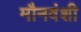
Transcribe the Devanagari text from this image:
मौनवंशी